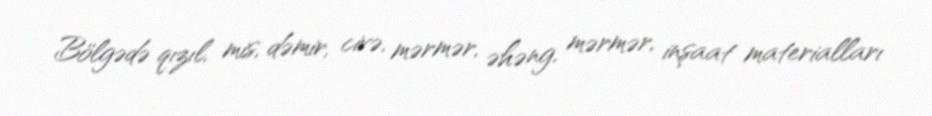
Bölgədə qızıl, mis, dəmir, civə, mərmər, əhəng, mərmər, inşaat materialları